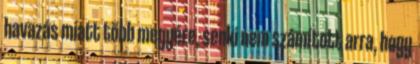
havazás miatt több megyére, senki nem számított arra, hogy